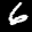
Label: 6